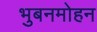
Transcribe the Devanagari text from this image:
भुबनमोहन